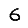
Digit: 6